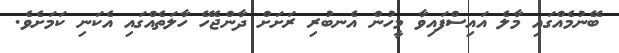
ބޭނުމެއްގައި މާލެ އައިސްފައިވާ މީހުން އެނބުރި ރަށަށް ދާންޖެހޭ ހާލަތެއްގައި އެކަނި ކަމަށެވެ.